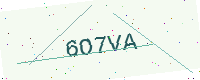
Text: 6O7VA